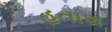
હતાશ